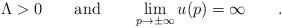
LaTeX: \begin{align*}\Lambda>0\qquad {\rm and}\qquad\lim_{p\to\pm\infty}u(p)=\infty\qquad . \end{align*}